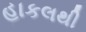
હાકલથી